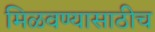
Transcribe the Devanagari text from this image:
मिळवण्यासाठीच